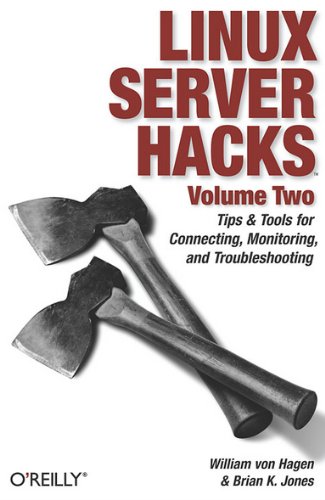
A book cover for Linux Server Hacks, Volume Two: Tips & Tools for Connecting, Monitoring, and Troubleshooting; William von Hagen; Computers & Technology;